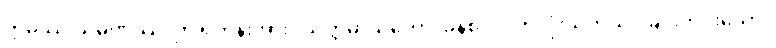
ဣမဿ သမဏဿ၊ ဤရဟန်းအား။ သတ္တမာသိကော၊ ခုနစ်လပတ်လုံးသုတ်သင်ခြင်းကင်းသော။